Code of medical and sanitary regulations for the guidance of medical officers serving in the Madras Presidency - Volume II
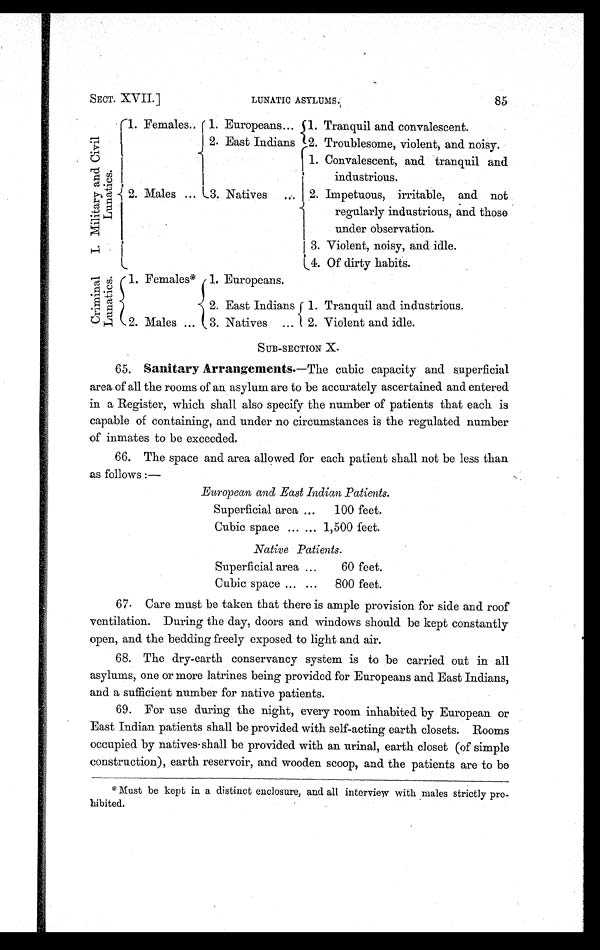
SECT. XVII.]
LUNATIC ASYLUMS.
85
I . M i l i t a r y a n d C i v i l
L u n a t i c s .
1. Females.. 1. Europeans...
1. Tranquil and convalescent.
2. East Indians 2. Troublesome, violent, and noisy.
1. Convalescent, and tranquil and
industrious.
2. Males ... 3. Natives
...
2. Impetuous, irritable, and not
regularly industrious, and those
under observation.
3. Violent, noisy, and idle.
4. Of dirty habits.
C r i m i n a l
L u n a t i c s .
1. Females* 1. Europeans.
2. East Indians 1. Tranquil and industrious.
2. Males ...
3. Natives
...
2. Violent and idle.
SUB-SECTION X.
65. Sanitary Arrangements —The cubic capacity and superficial
area of all the rooms of an asylum are to be accurately ascertained and entered
in a Register, which shall also specify the number of patients that each is
capable of containing, and under no circumstances is the regulated number
of inmates to be exceeded.
66. The space and area allowed for each patient shall not be less than
as follows :—
European and East Indian Patients.
Superficial area ...
100 feet.
Cubic space ... ... 1,500 feet.
Native Patients.
Superficial area ...
60 feet.
Cubic space ... ...
800 feet.
67. Care must be taken that there is ample provision for side and roof
ventilation. During the day, doors and windows should be kept constantly
open, and the bedding freely exposed to light and air.
68. The dry-earth conservancy system is to be carried out in all
asylums, one or more latrines being provided for Europeans and East Indians,
and a suff icient number for native patients.
69. For use during the night, every room inhabited by European or
East Indian patients shall be provided with self-acting earth closets. Rooms
occupied by natives shall be provided with an urinal, earth closet (of simple
construction), earth reservoir, and wooden scoop, and the patients are to be
*Must be kept in a distinct enclosure, and all interview with males strictly pro-
hibited.